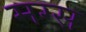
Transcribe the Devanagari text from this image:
मग्स